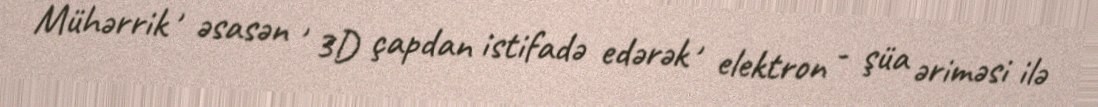
Mühərrik , əsasən , 3D çapdan istifadə edərək , elektron - şüa əriməsi ilə